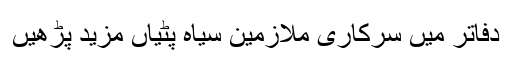
دفاتر میں سرکاری ملازمین سیاہ پٹیاں مزید پڑھیں